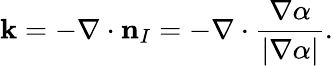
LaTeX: \mathbf{k}=-\nabla\cdot\textbf{{n}}_{I}=-\nabla\cdot\frac{{\nabla\alpha}}{{|\nabla\alpha|}}.